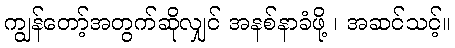
ကျွန်တော့်အတွက်ဆိုလျှင် အနစ်နာခံဖို့ ၊ အဆင်သင့်။